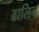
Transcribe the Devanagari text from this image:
ढालिन